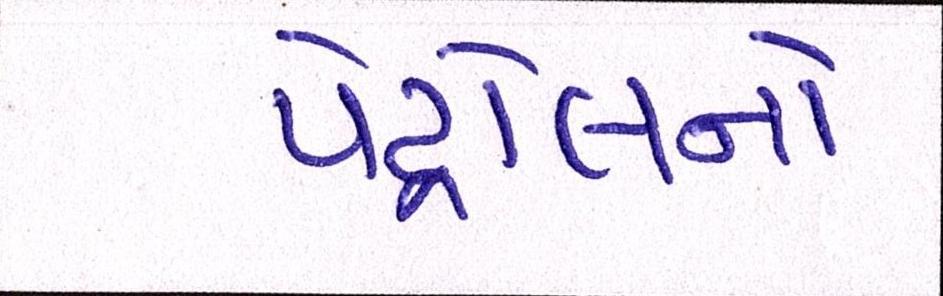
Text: પેટ્રોલનો